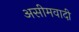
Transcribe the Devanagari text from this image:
असीमवादी